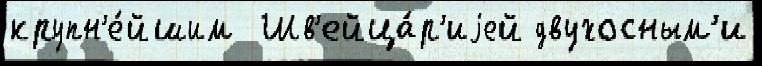
крупн'е́йшим  Шв'ейца́р'иjей двухосным'и